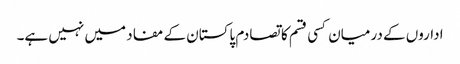
اداروں کے درمیان کسی قسم کا تصادم پاکستان کے مفاد میں نہیں ہے۔